Vaccination in the Punjab 1883-1896 - 1883-1896
Year: 1883
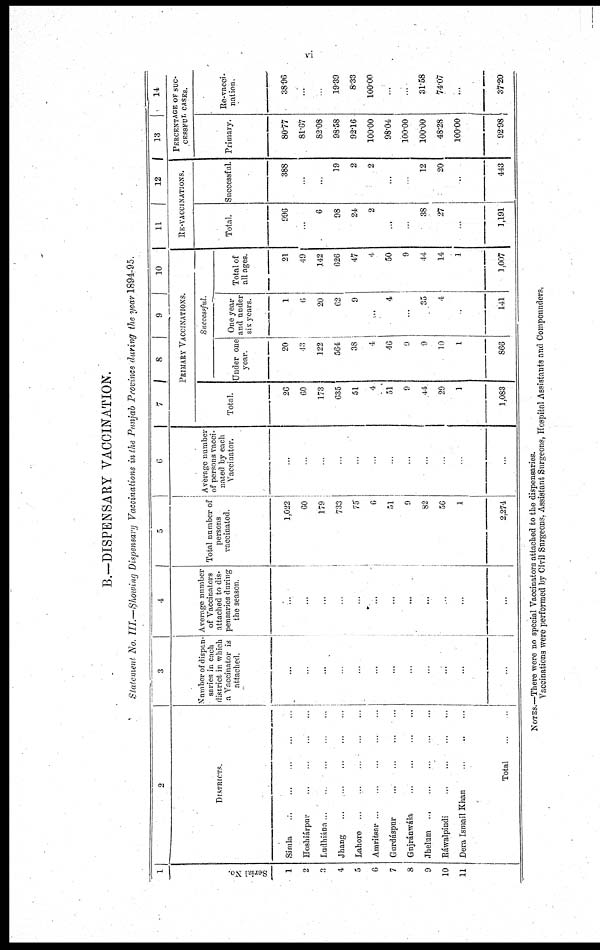
vi
B.-DISPENSARY VACCINATION.
Statement No. III—Showing Dispensary Vaccinations in the Punjab Province during the year 1894-95.
1
Serial No.
1
2
3
4
5
6
7
8
9
10
11
2
DISTRICTS.
Simla
...
...
...
...
...
Hoshiárpur
...
...
...
...
...
Ludhiána
...
...
...
...
...
Jhang
...
...
...
...
...
Lahore
...
...
...
...
...
Amritsar
...
...
...
...
...
Gurdáspur
...
...
...
...
...
Gujránwála
...
...
...
...
...
Jhelum
...
...
...
...
...
Ráwalpindi
...
...
...
...
...
Dera Ismail Khan ... ... ... ... ...
Total
...
3
Number of dispen-
saries in each
district in which
a Vaccinator is
attached.
...
...
...
...
...
...
...
...
...
...
...
...
4
Average number
of Vaccinators
attached to dis-
pensaries during
the season.
...
...
...
...
...
...
...
...
...
...
...
...
5
Total number of
persons
vaccinated.
1,022
60
179
733
75
6
51
9
82
56
1
2,274
6
Average number
of persons vacci-
nated by each
Vaccinator.
...
...
...
...
...
...
...
...
...
...
...
...
7
Total.
26
60
173
635
51
4.
51
9
44
29
1
1,083
8
9
10
PRIMARY VACCINATIONS.
Successful.
Under one
year.
20
43
122
564
38
4
46
9
9
30
1
866
One year
and under
six years.
1
6
20
62
9
...
4
...
35
4
...
141
Total of
all ages.
21
49
142
626
47
4
50
9
44
14
1
1,007
11 12
RE-VACCINATIONS.
Total.
996
...
6
98
24
2
...
...
38
27
...
1,191
Successful.
388
...
...
19
2
2
...
...
12
20
...
443
13
14
PERCENTAGE OF SUC¬
------- CASES.
Primary.
80.77
81.67
82.08
98.58
92.16
100.00
98.04
100.00
100.00
48.28
100.00
92.98
Re-vacci-
nation.
38.96
...
...
19.39
8.33
100.00
...
...
31.58
74.07
...
37.20
NOTES.—There were no special Vaccinators attached to the dispensaries.
Vaccinations were performed by Civil Surgeons. Assistant Surgeons, Hospital Assistants and Compounders.